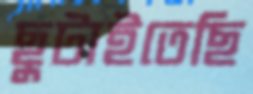
ছুটাইতেছি